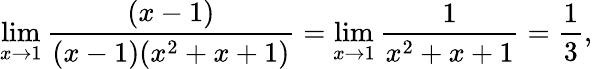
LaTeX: \operatorname*{lim}_{x\to 1}{\frac{(x-1)}{(x-1)(x^{2}+x+1)}}=\operatorname*{lim}_{x\to 1}{\frac{1}{x^{2}+x+1}}={\frac{1}{3}},